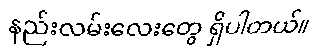
နည်းလမ်းလေးတွေ ရှိပါတယ်။